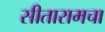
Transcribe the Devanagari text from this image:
सीतारामचा